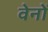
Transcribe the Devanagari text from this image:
वेनों